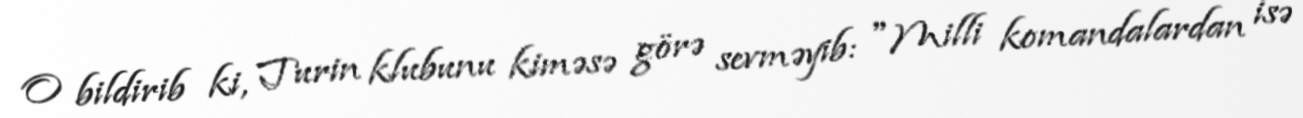
O bildirib ki, Turin klubunu kiməsə görə sevməyib: "Milli komandalardan isə